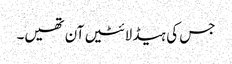
جس کی ہیڈ لائٹیں آن تھیں۔